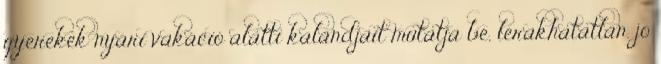
gyerekek nyári vakáció alatti kalandjait mutatja be, lerakhatatlan. jó